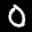
Label: 0